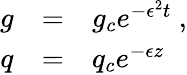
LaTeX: \begin{array}{rcl}{{g}}&{{=}}&{{g_{c}e^{-\epsilon^{2}t}\ ,}}\\ {{q}}&{{=}}&{{q_{c}e^{-\epsilon z}\ }}\end{array}